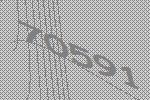
70591